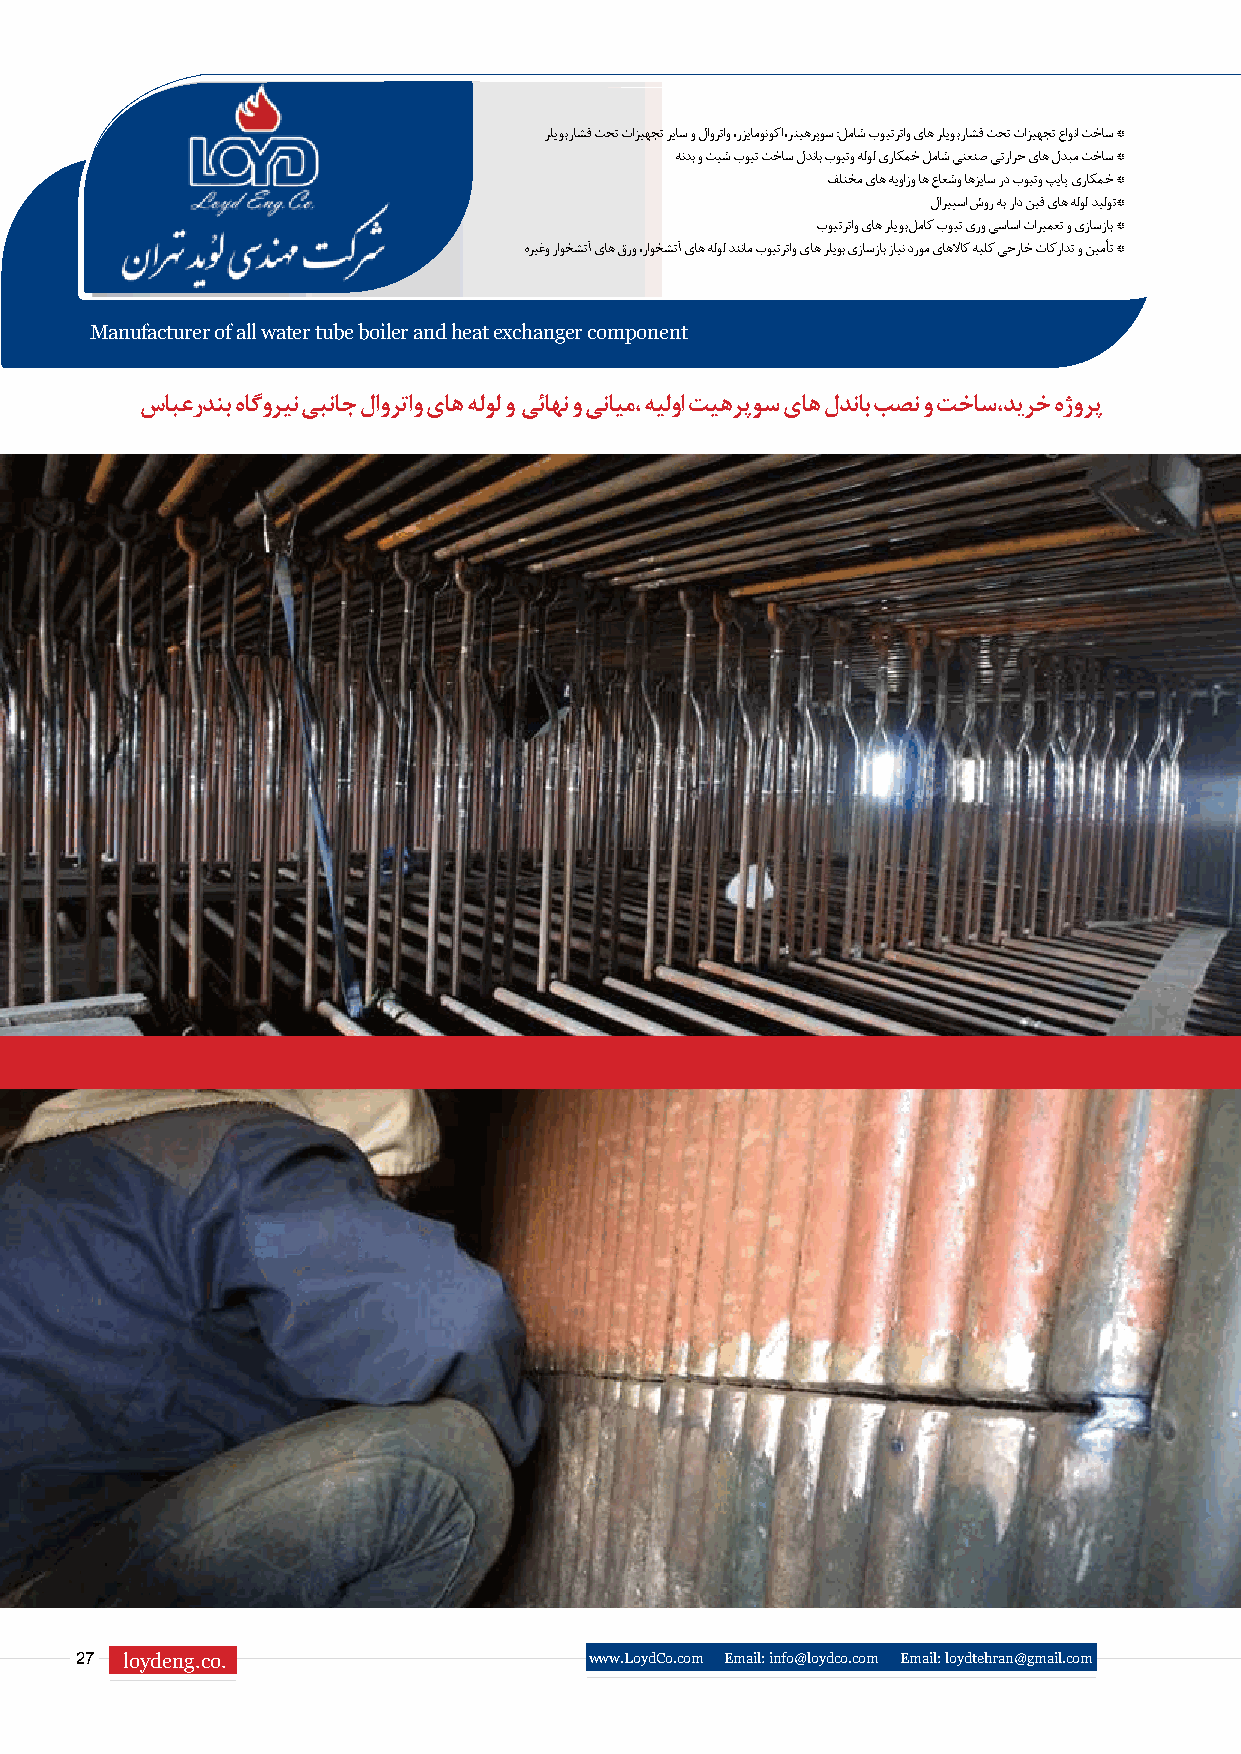
رلیوب راشف تحت تازیهجت ریاس و لاورتاو ،رزیامونوکا ،رتیهرپوس :لماش بویترتاو یاه رلیوب راشف تحت تازیهجت عاونا تخاس *
 هندب و تیش بویت تخاس لدناب بویتو هلول یراکمخ لماش یتعنص یترارح یاه لدبم تخاس *
 فلتخم یاه هیوازو اه عاعشو اهزیاس رد بویتو پیاپ یراکمخ *
 لاریپسا شور هب راد نیف یاه هلول دیلوت*
 بویترتاو یاه رلیوب لماک بویت یرو یساسا تاریمعت و یزاسزاب *
 هریغو راوخشتآ یاه قرو ،راوخشتآ یاه هلول دننام بویترتاو یاه رلیوب یزاسزاب زاین دروم یاهلااک هیلک یجراخ تاکرادت و نیمأت *
 Manufacturer of all water tube boiler and heat exchanger component
 سابعردنب هاگورین یبناج لاورتاو یاه هلول و یئاهن و ینایم، هیلوا تیهرپوس یاه لدناب بصن و تخاس،دیرخ هژورپ
 Purchase buy and supply material ,fabrication ,installation of primary,medial,final superheater and side water wall tube
 27 loydeng.co.                    www.LoydCo.com Email: info@loydco.com Email: loydtehran@gmail.com